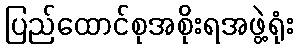
ပြည်ထောင်စုအစိုးရအဖွဲ့ရုံး